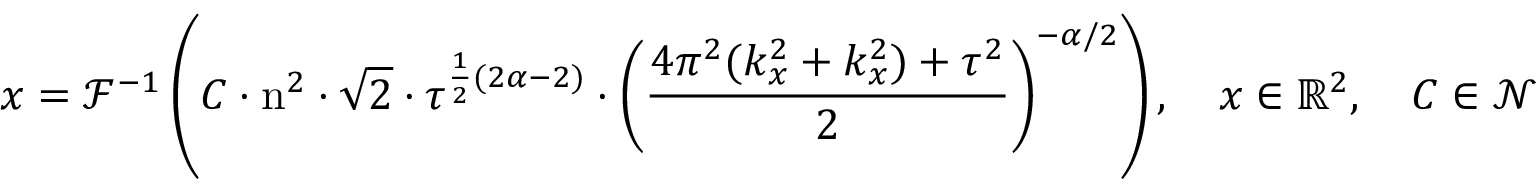
\boldsymbol { x } = \mathcal { F } ^ { - 1 } \left( C \cdot \mathrm { n } ^ { 2 } \cdot \sqrt { 2 } \cdot \tau ^ { \frac { 1 } { 2 } ( 2 \alpha - 2 ) } \cdot \left( \frac { 4 \pi ^ { 2 } ( k _ { x } ^ { 2 } + k _ { x } ^ { 2 } ) + \tau ^ { 2 } } { 2 } \right) ^ { - \alpha / 2 } \right) , \quad \boldsymbol { x } \in \mathbb { R } ^ { 2 } , \quad C \in \mathcal { N } ( 0 , \mathrm { ~ I ~ } ) ,